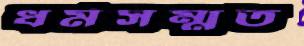
ধর্মসম্মত